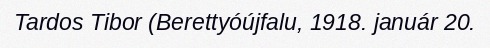
Tardos Tibor (Berettyóújfalu, 1918. január 20.